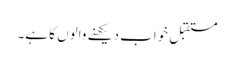
مستقبل خواب دیکھنے والوں کا ہے۔